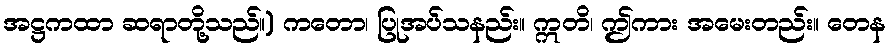
အဋ္ဌကထာ ဆရာတို့သည်။) ကတော၊ ပြုအပ်သနည်း။ ဣတိ၊ ဤကား အမေးတည်း။ တေန